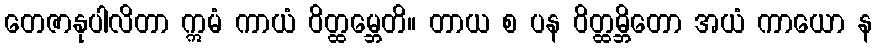
တေဇာနုပါလိတာ ဣမံ ကာယံ ဝိတ္ထမ္ဘေတိ။ တာယ စ ပန ဝိတ္ထမ္ဘိတော အယံ ကာယော န